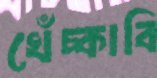
খেঁচ্‌কাবি